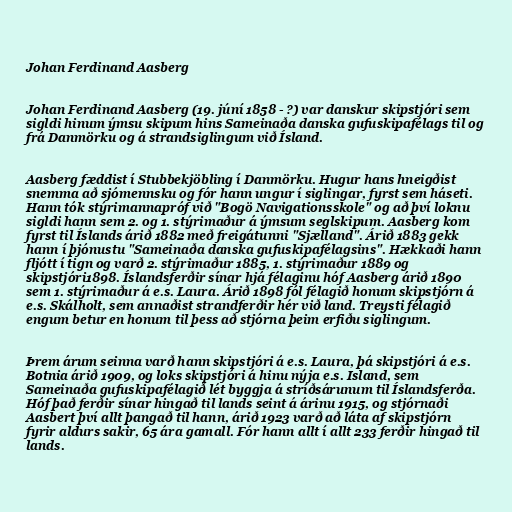
Johan Ferdinand Aasberg

Johan Ferdinand Aasberg (19. júní 1858 - ?) var danskur skipstjóri sem
sigldi hinum ýmsu skipum hins Sameinaða danska gufuskipafélags til og
frá Danmörku og á strandsiglingum við Ísland.

Aasberg fæddist í Stubbekjöbling í Danmörku. Hugur hans hneigðist
snemma að sjómennsku og fór hann ungur í siglingar, fyrst sem háseti.
Hann tók stýrimannapróf við "Bogö Navigationsskole" og að því loknu
sigldi hann sem 2. og 1. stýrimaður á ýmsum seglskipum. Aasberg kom
fyrst til Íslands árið 1882 með freigátunni "Sjælland". Árið 1883 gekk
hann í þjónustu "Sameinaða danska gufuskipafélagsins". Hækkaði hann
fljótt í tign og varð 2. stýrimaður 1885, 1. stýrimaður 1889 og
skipstjóri1898. Íslandsferðir sínar hjá félaginu hóf Aasberg árið 1890
sem 1. stýrimaður á e.s. Laura. Árið 1898 fól félagið honum skipstjórn á
e.s. Skálholt, sem annaðist strandferðir hér við land. Treysti félagið
engum betur en honum til þess að stjórna þeim erfiðu siglingum.

Þrem árum seinna varð hann skipstjóri á e.s. Laura, þá skipstjóri á e.s.
Botnia árið 1909, og loks skipstjóri á hinu nýja e.s. Island, sem
Sameinaða gufuskipafélagið lét byggja á stríðsárunum til Íslandsferða.
Hóf það ferðir sínar hingað til lands seint á árinu 1915, og stjórnaði
Aasbert því allt þangað til hann, árið 1923 varð að láta af skipstjórn
fyrir aldurs sakir, 65 ára gamall. Fór hann allt í allt 233 ferðir hingað til
lands.